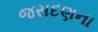
જસદણના